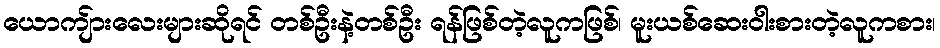
ယောကျ်ားလေးများဆိုရင် တစ်ဦးနဲ့တစ်ဦး ရန်ဖြစ်တဲ့လူကဖြစ်၊ မူးယစ်ဆေးဝါးစားတဲ့လူကစား၊